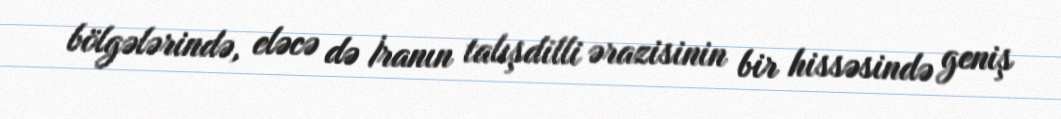
bölgələrində, eləcə də İranın talışdilli ərazisinin bir hissəsində geniş